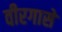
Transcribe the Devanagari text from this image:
वीरगासे